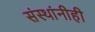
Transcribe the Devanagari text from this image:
संस्थांनीही